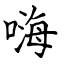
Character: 嗨